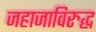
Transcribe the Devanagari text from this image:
जहाजाविरुद्ध